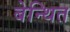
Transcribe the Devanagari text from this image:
बेन्थित